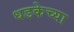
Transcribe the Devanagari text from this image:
धडकेच्या